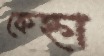
কেহ্না